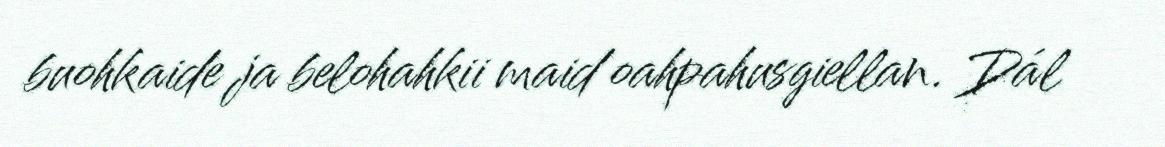
buohkaide ja belohahkii maid oahpahusgiellan. Dál